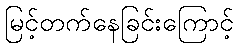
မြင့်တက်နေခြင်းကြောင့်